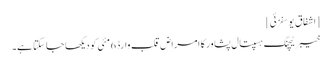
[اشفاق یوسفزئی]
خیبر ٹیچنگ ہسپتال پشاور کا امراضِ قلب وارڈ 6 مئی کو دیکھا جا سکتا ہے۔